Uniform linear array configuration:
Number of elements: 4
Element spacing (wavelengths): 0.25
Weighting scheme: hamming
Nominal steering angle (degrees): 60
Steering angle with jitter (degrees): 58.857
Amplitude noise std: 0.05
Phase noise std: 0.05

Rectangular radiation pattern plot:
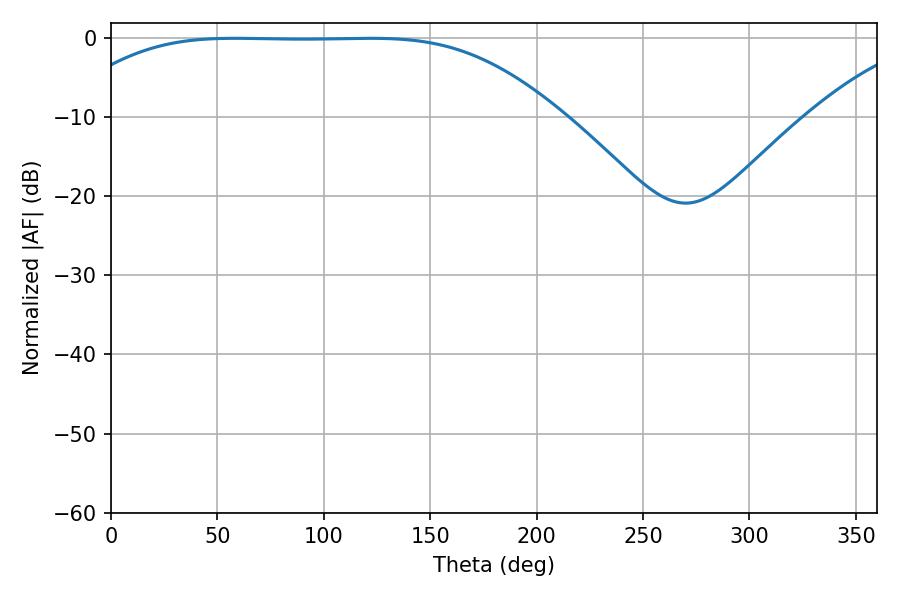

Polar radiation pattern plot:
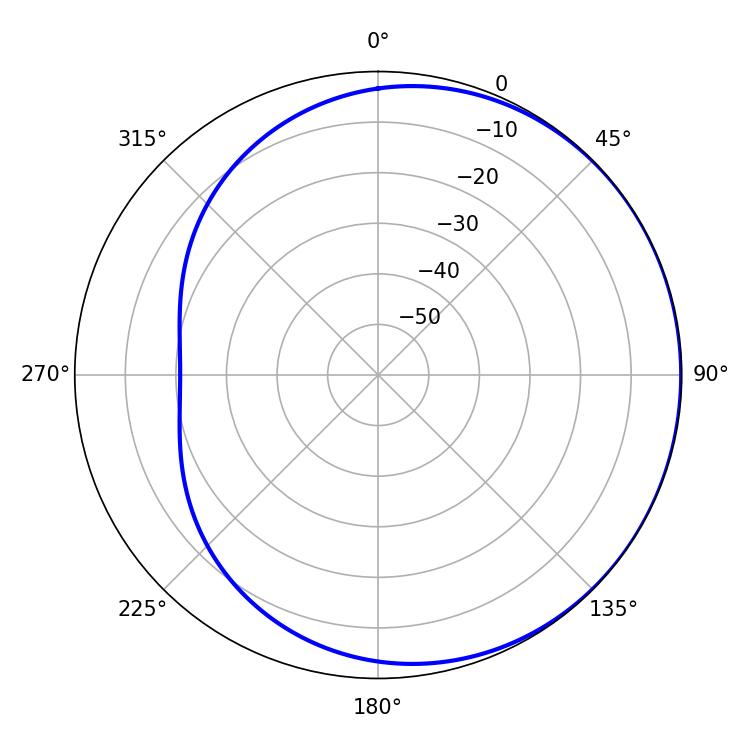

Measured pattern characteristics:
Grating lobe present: FALSE
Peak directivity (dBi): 0.5035
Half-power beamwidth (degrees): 174.6
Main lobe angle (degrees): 58.32